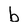
Character: b